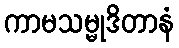
ကာမသမ္မုဒိတာနံ